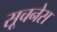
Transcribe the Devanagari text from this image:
सूचनेस